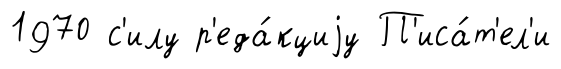
1970 с'илу р'еда́кциjу П'иса́т'ел'и